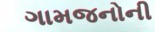
ગામજનોની